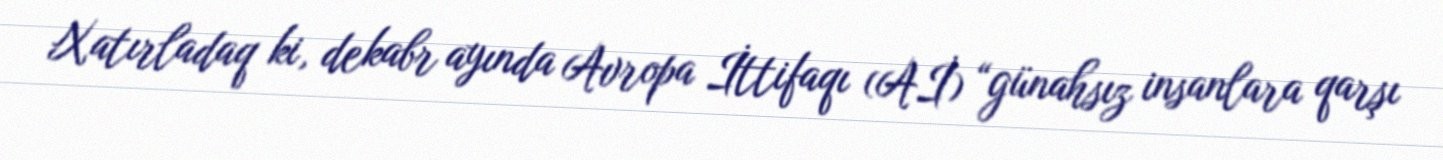
Xatırladaq ki, dekabr ayında Avropa İttifaqı (Aİ) “günahsız insanlara qarşı